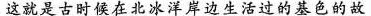
这就是古时候在北冰洋岸边生活过的基色的故